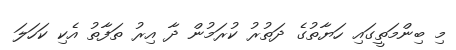
މި ބިންމަތީގައި ހަޔާތުގެ ދަތުރު ކުރަމުން ދާ އިރު ތަފާތު އެކި ކަހަލަ